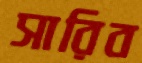
সারিব